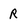
Character: R